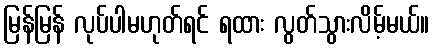
မြန်မြန် လုပ်ပါမဟုတ်ရင် ရထား လွတ်သွားလိမ့်မယ်။